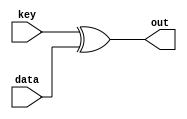
module AddRKey(data, out, key);

input [127:0] data;
input [127:0] key;
output [127:0] out;

assign out = key ^ data;

endmodule